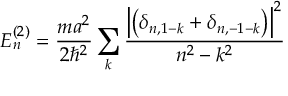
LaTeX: E _ { n } ^ { ( 2 ) } = { \frac { m a ^ { 2 } } { 2 \hbar ^ { 2 } } } \sum _ { k } { \frac { \left| \left( \delta _ { n , 1 - k } + \delta _ { n , - 1 - k } \right) \right| ^ { 2 } } { n ^ { 2 } - k ^ { 2 } } }